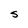
Character: S